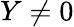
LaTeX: Y\neq 0